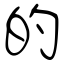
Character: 的